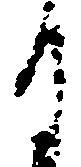
月